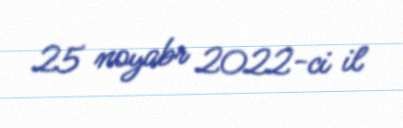
25 noyabr 2022-ci il